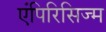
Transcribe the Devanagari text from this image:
एंपिरिसिज्म